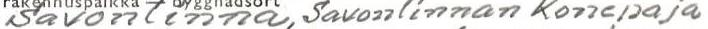
Savonlinna, Savonlinnan konepaja